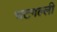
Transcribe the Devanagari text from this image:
भटगल्ली